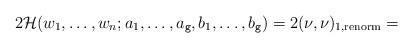
LaTeX: \begin{align*}2\mathcal{H}(w_1,\dots,w_n;a_1,\dots,a_{\texttt{g}},b_1,\dots,b_{\texttt{g}})=2(\nu,\nu)_{1,{\rm renorm}}=\end{align*}